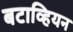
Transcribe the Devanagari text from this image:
बटाव्हियन